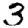
Digit: 3